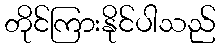
တိုင်ကြားနိုင်ပါသည်